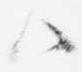
ハ